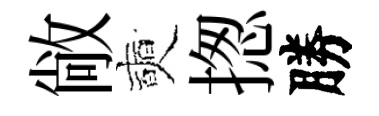
敞奭揔勝